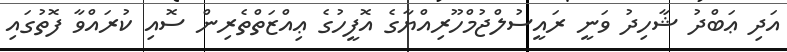
އަދި ޢަބްދު ޝާހިދު ވަނީ ރައީސުލްޖުމްހޫރިއްޔާގެ އޮފީހުގެ ޢިއްޒަތްތެރިން ސޮއި ކުރައްވާ ފޮތުގައި